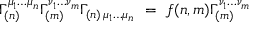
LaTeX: \Gamma _ { ( n ) } ^ { \mu _ { 1 } \ldots \mu _ { n } } \Gamma _ { ( m ) } ^ { \nu _ { 1 } \ldots \nu _ { m } } \Gamma _ { ( n ) \, \mu _ { 1 } \ldots \mu _ { n } } ~ = ~ f ( n , m ) \Gamma _ { ( m ) } ^ { \nu _ { 1 } \ldots \nu _ { m } }